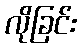
လိုခြင်း